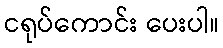
ငရုပ်ကောင်း ပေးပါ။